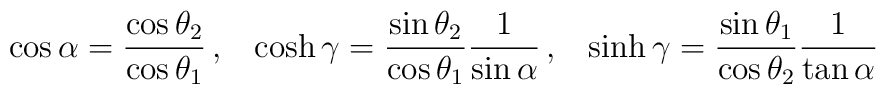
\cos\alpha=\frac{\cos\theta_2}{\cos\theta_1}\,,\;\;\;\cosh\gamma=\frac{\sin\theta_2}{\cos\theta_1}\frac{1}{\sin\alpha}\,,\;\;\;\sinh\gamma=\frac{\sin\theta_1}{\cos\theta_2}\frac{1}{\tan\alpha}